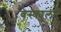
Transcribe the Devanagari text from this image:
वेस्क्युलर